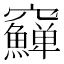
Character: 𥩎